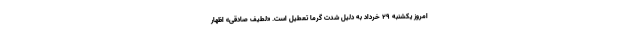
امروز یکشنبه ۲۹ خرداد به دلیل شدت گرما تعطیل است. «لطیف صادقی» اظهار